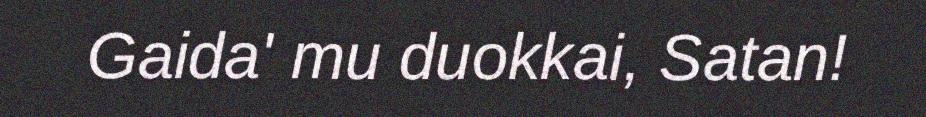
Gaida' mu duokkai, Satan!